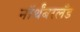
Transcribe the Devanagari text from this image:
नॉर्थंबरलँड